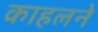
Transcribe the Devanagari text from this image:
काहलने